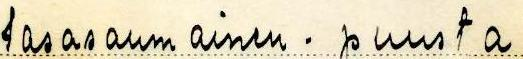
tasasaumainen . puusta